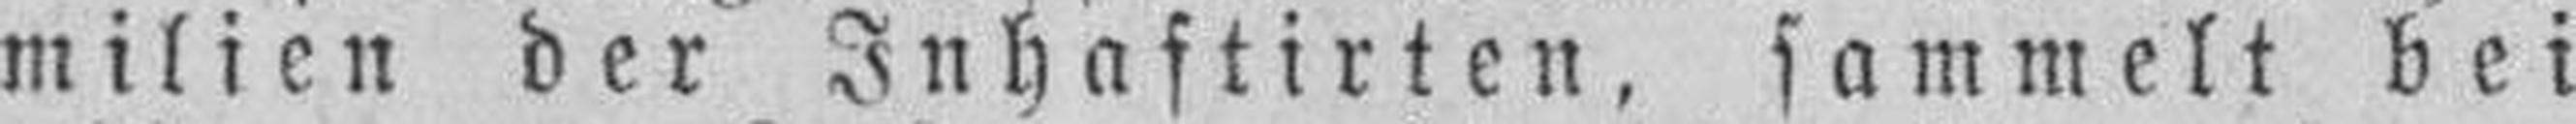
milien der Inhaftirten, sammelt bei